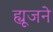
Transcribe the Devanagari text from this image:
ह्यूजने